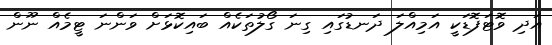
އަދި ވޮޓަފޮޑަކީ އަމިއްލަ ދަނޑުގައި ގިނަ ގޯލުތަކެއް ބައިކޮޅަށް ވަންނަ ޓީމެއް ނޫން